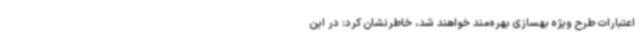
اعتبارات طرح ویژه بهسازی بهره‌مند خواهند شد، خاطرنشان کرد: در این